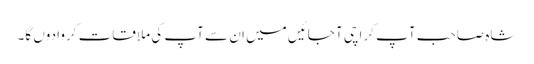
شاہ صاحب آپ کراچی آ جائیں میں ان سے آپ کی ملاقات کروا دوں گا۔